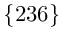
\lbrace 2 3 6 \rbrace